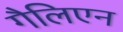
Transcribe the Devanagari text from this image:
गैलिएन